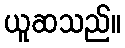
ယူဆသည်။